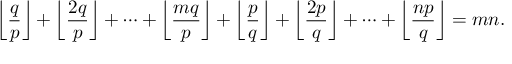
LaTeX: \left\lfloor { \frac { q } { p } } \right\rfloor + \left\lfloor { \frac { 2 q } { p } } \right\rfloor + \dots + \left\lfloor { \frac { m q } { p } } \right\rfloor + \left\lfloor { \frac { p } { q } } \right\rfloor + \left\lfloor { \frac { 2 p } { q } } \right\rfloor + \dots + \left\lfloor { \frac { n p } { q } } \right\rfloor = m n .